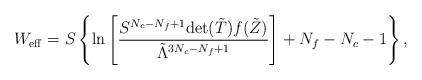
LaTeX: \begin{align*}W_{\rm eff}=S \left\{ \ln\left[\frac{S^{N_c-N_f+1}{\rm det}({\tilde T}) f({\tilde Z})}{{\tilde \Lambda}^{3N_c-N_f+1}} \right] +N_f-N_c-1\right\},\end{align*}